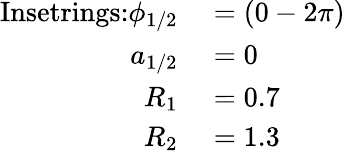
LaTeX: \begin{array}{rl}{\textrm{Insetrings:}\phi_{1/2}}&{{}=(0-2\pi)}\\ {a_{1/2}}&{{}=0}\\ {R_{1}}&{{}=0.7}\\ {R_{2}}&{{}=1.3}\end{array}